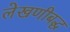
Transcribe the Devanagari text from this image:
लेखणीबद्ध